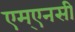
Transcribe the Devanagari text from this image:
एम्एनसी